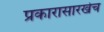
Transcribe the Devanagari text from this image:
प्रकारासारखेच